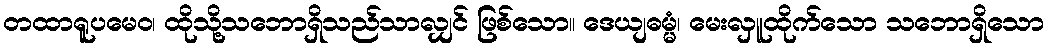
တထာရူပမေဝ၊ ထိုသို့သဘောရှိသည်သာလျှင် ဖြစ်သော။ ဒေယျဓမ္မံ၊ မေးလှူထိုက်သော သဘောရှိသော